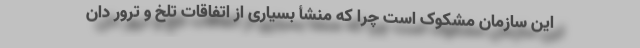
این سازمان مشکوک است چرا که منشأ بسیاری از اتفاقات تلخ و ترور دان